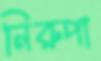
নিরুপা